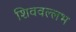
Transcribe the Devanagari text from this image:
शिववल्लभ